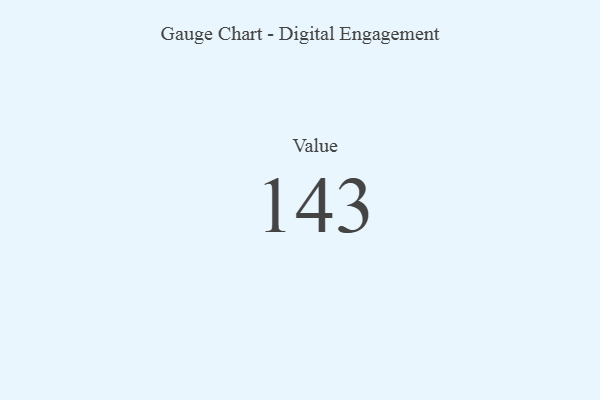
{"axis": {"x": "Metric", "y": "Value"}, "legend": [""], "data": [{"x": "Value", "y": 143, "type": ""}]}